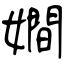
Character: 𡢃